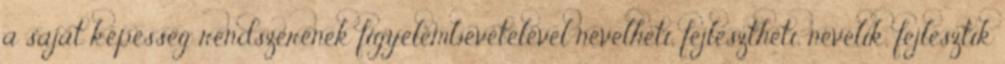
a saját képesség rendszerének figyelembevételével nevelhetı, fejleszthetı, nevelik, fejlesztik